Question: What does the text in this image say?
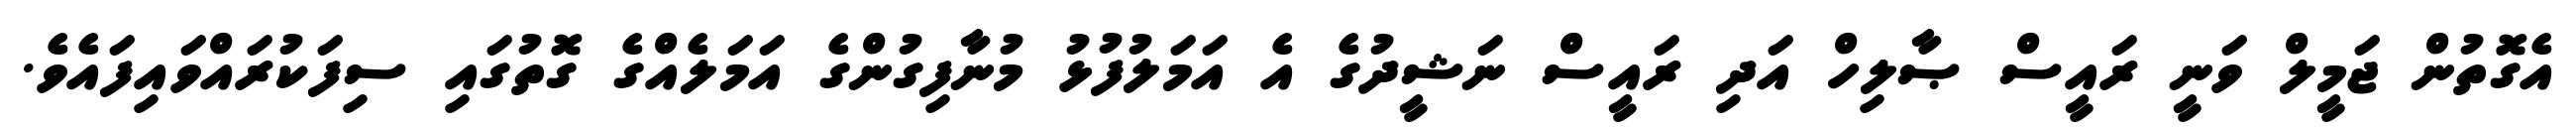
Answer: އެގޮތުން ޖަމީލް ވަނީ ރައީސް ޞާލިހް އަދި ރައީސް ނަޝީދުގެ އެ އަމަލުފުޅު މުނާފިގުންގެ އަމަލެއްގެ ގޮތުގައި ސިފަކުރައްވައިފައެވެ.